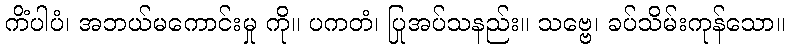
ကိံပါပံ၊ အဘယ်မကောင်းမှု ကို။ ပကတံ၊ ပြုအပ်သနည်း။ သဗ္ဗေ၊ ခပ်သိမ်းကုန်သော။